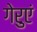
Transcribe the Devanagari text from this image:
गेरुएं